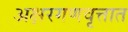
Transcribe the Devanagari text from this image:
अक्षरगणवृत्तात